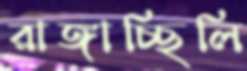
রাঙ্গাচ্ছিলি